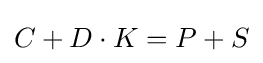
C+D\cdot K=P+S